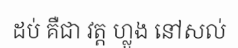
ដប់ គឺជា វត្ត ហ្លួង នៅសល់